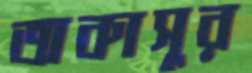
অকাসুর